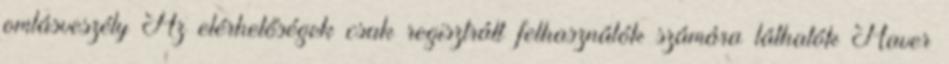
omlásveszély Az elérhetőségek csak regisztrált felhasználók számára láthatók Haver